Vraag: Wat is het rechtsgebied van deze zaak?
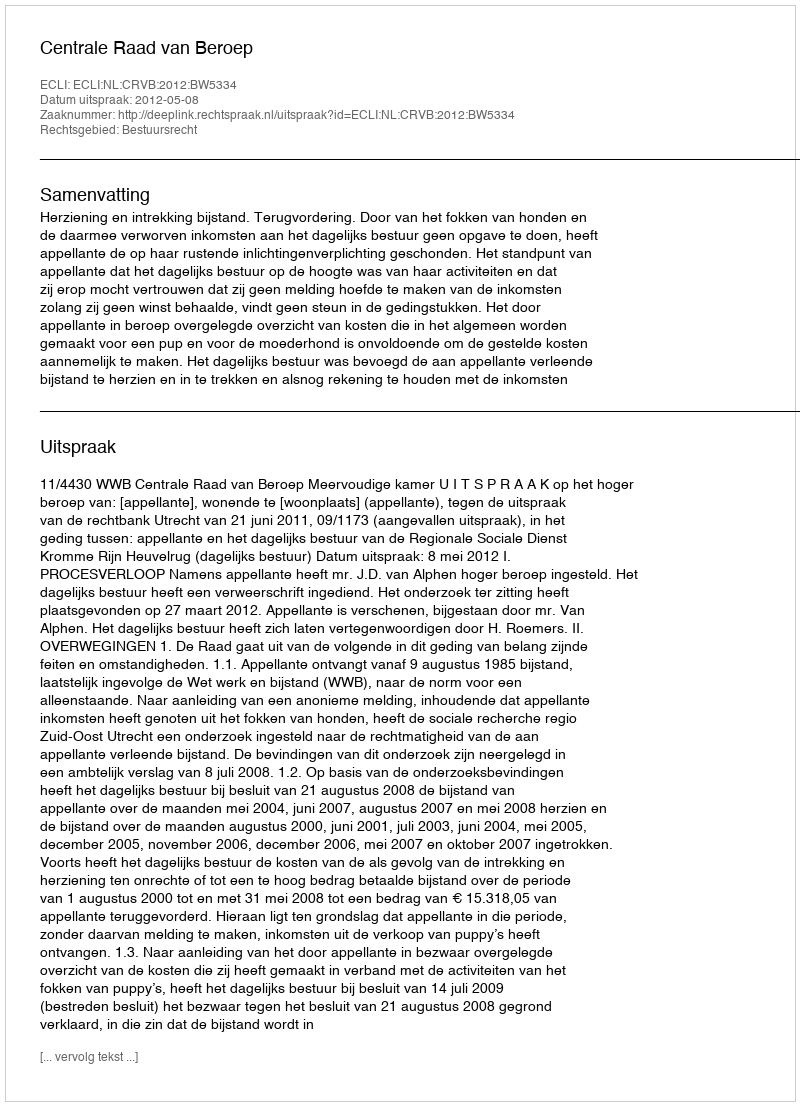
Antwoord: Bestuursrecht